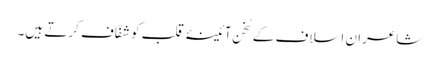
شاعرانِ اسلاف کے سُخن آئینۂ قلب کو شفّاف کرتے ہیں۔